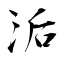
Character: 洉